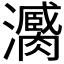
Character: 𤃼